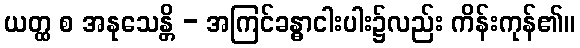
ယတ္ထ စ အနုသေန္တိ - အကြင်ခန္ဓာငါးပါး၌လည်း ကိန်းကုန်၏။